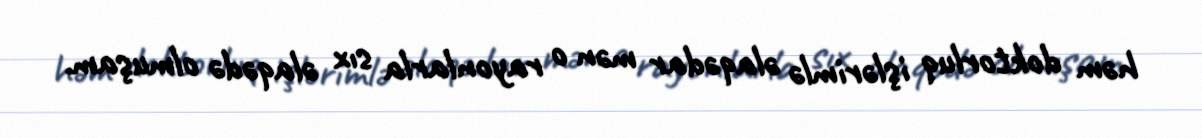
həm doktorluq işlərimlə əlaqədar mən o rayonlarla sıx əlaqədə olmuşam.